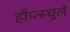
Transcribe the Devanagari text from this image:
हौप्त्स्चुले